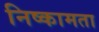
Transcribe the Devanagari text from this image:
निष्कामता